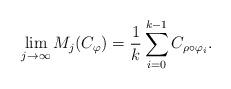
LaTeX: \begin{align*} \lim_{j\rightarrow\infty} M_j(C_\varphi )= \frac{1}{k}\sum_{i=0}^{k-1} C_{\rho\circ \varphi_i}.\end{align*}